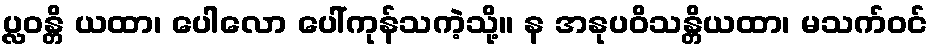
ပ္လဝန္တိ ယထာ၊ ပေါလော ပေါ်ကုန်သကဲ့သို့။ န အနုပဝိသန္တိယထာ၊ မသက်ဝင်